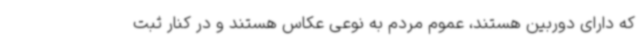
که دارای دوربین هستند، عموم مردم به نوعی عکاس هستند و در کنار ثبت